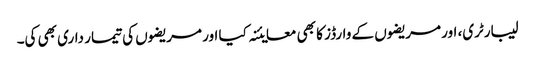
لیبارٹری، اور مریضوں کے وارڈز کا بھی معایئنہ کیا اور مریضوں کی تیمار داری بھی کی۔